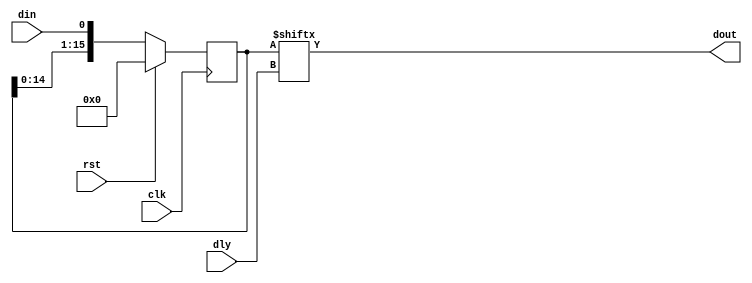
/*!
 * <b>Module:</b>dly01_var
 * @file dly01_var.v
 * @date 2014-05-30  
 * @author Andrey Filippov
 *
 * @brief Synchronous delay by 1-2^N clock cycles with reset (will map to primitive)
 *
 * @copyright Copyright (c) 2016 Elphel, Inc.
 *
 * <b>License:</b>
 *
 * dly01_var.v is free software; you can redistribute it and/or modify
 * it under the terms of the GNU General Public License as published by
 * the Free Software Foundation, either version 3 of the License, or
 * (at your option) any later version.
 *
 *  dly01_var.v is distributed in the hope that it will be useful,
 * but WITHOUT ANY WARRANTY; without even the implied warranty of
 * MERCHANTABILITY or FITNESS FOR A PARTICULAR PURPOSE.  See the
 * GNU General Public License for more details.
 *
 * You should have received a copy of the GNU General Public License
 * along with this program.  If not, see <http://www.gnu.org/licenses/> .
 *
 * Additional permission under GNU GPL version 3 section 7:
 * If you modify this Program, or any covered work, by linking or combining it
 * with independent modules provided by the FPGA vendor only (this permission
 * does not extend to any 3-rd party modules, "soft cores" or macros) under
 * different license terms solely for the purpose of generating binary "bitstream"
 * files and/or simulating the code, the copyright holders of this Program give
 * you the right to distribute the covered work without those independent modules
 * as long as the source code for them is available from the FPGA vendor free of
 * charge, and there is no dependence on any encrypted modules for simulating of
 * the combined code. This permission applies to you if the distributed code
 * contains all the components and scripts required to completely simulate it
 * with at least one of the Free Software programs.
 */
`timescale 1ns/1ps

module  dly01_var#(
    parameter WIDTH = 4 
)(
    input             clk,
    input             rst,
    input [WIDTH-1:0] dly,
    input             din,
    output            dout
);
    localparam LENGTH = (1 << WIDTH); 
    reg [LENGTH -1:0] sr=0;
`ifdef SHREG_SEQUENTIAL_RESET
    always @ (posedge clk) begin
        sr <= {sr[LENGTH-2:0], din & ~rst}; 
    end
`else 
//    always @ (posedge rst or posedge clk) begin
    always @ (posedge clk) begin
       if (rst) sr <=0;
       else     sr <= {sr[LENGTH-2:0],din}; 
    end
`endif
`ifdef SIMULATION
    assign dout = (|sr) ? ((&sr) ? 1'b1 : sr[dly]) :  1'b0 ;
`else
    assign dout =sr[dly];
`endif        
endmodule